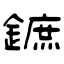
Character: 鏣